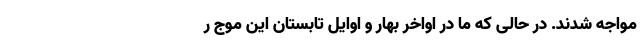
مواجه شدند. در حالی که ما در اواخر بهار و اوایل تابستان این موج ر